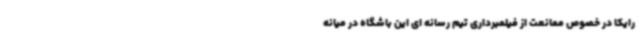
رایکا در خصوص ممانعت از فیلمبرداری تیم رسانه ای این باشگاه در میانه